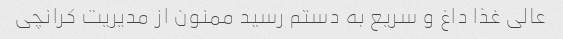
عالی غذا داغ و سریع به دستم رسید ممنون از مدیریت کرانچی